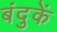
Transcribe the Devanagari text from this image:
बंदुकें